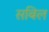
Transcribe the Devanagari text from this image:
सबिल